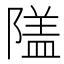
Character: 𨻹